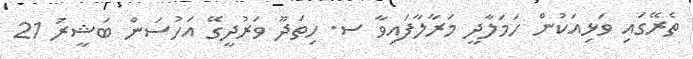
ތެރޭގައި ވަޅިއަކުން ހަމަލާދީ މަރާލާފައިވާ ސ. ހިތަދޫ ވަރުދީގޭ އަހުސަން ބަޝީރު 21